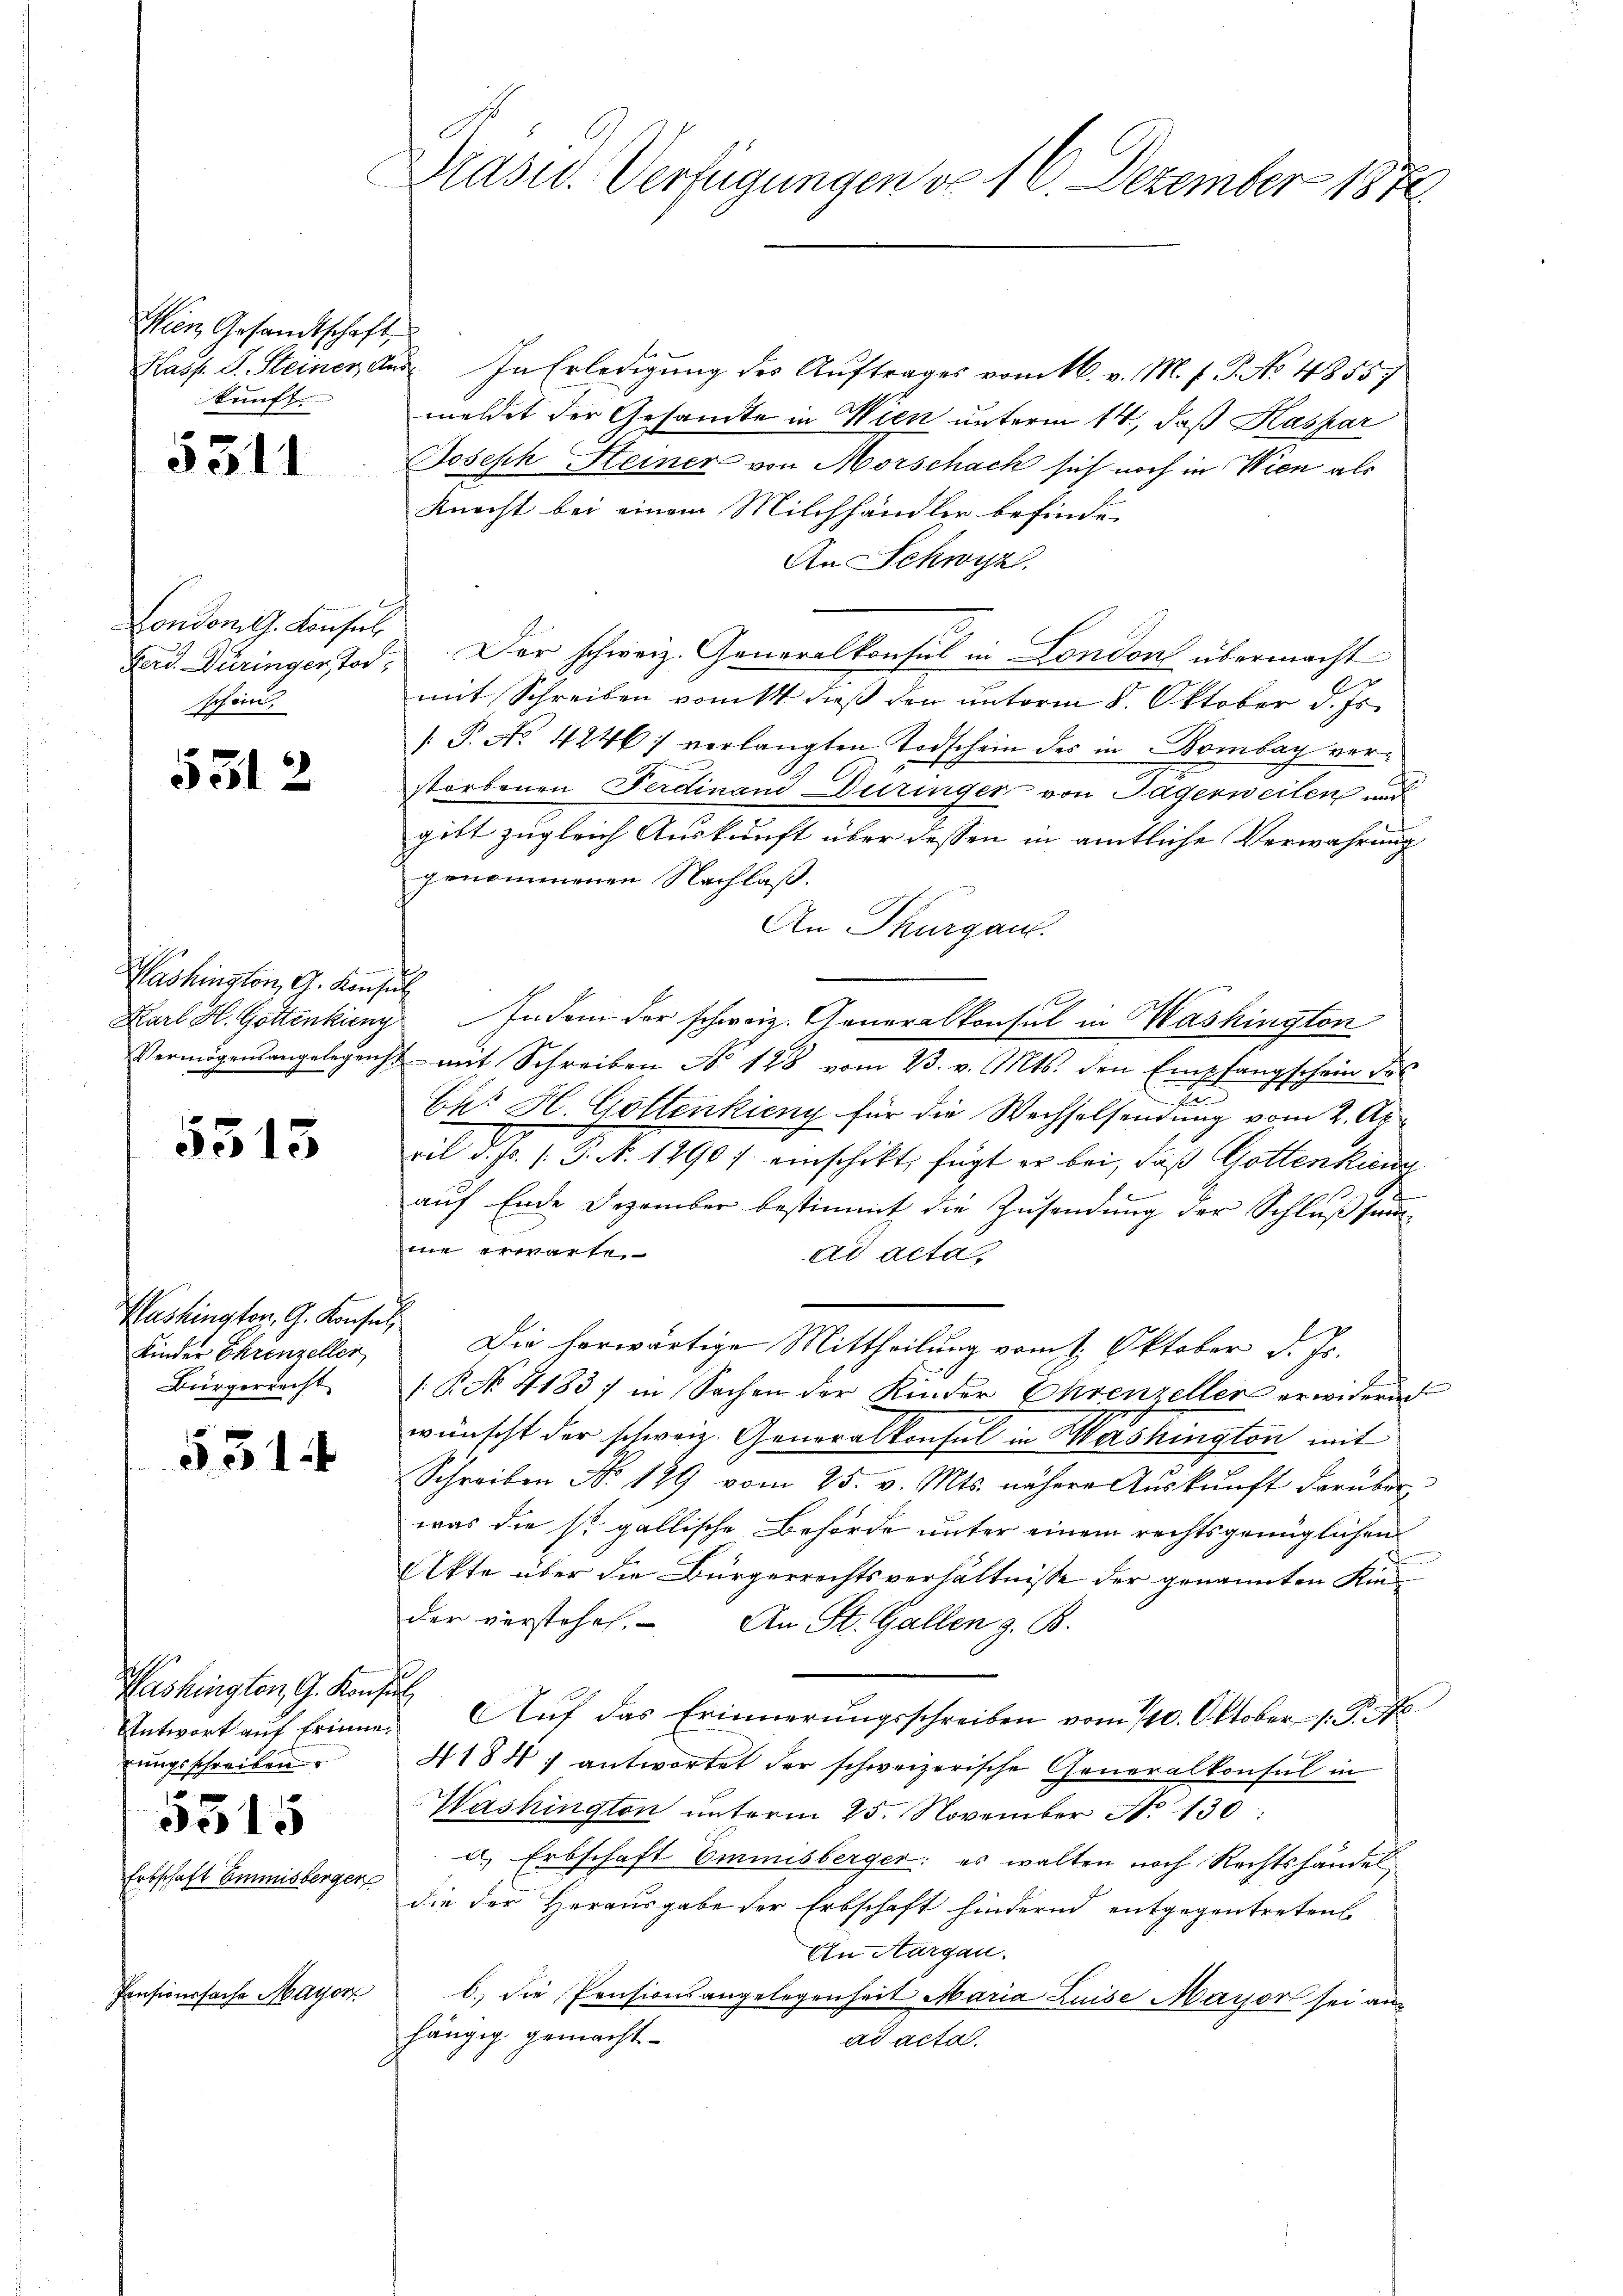
Wien Gesandtschaft
kunft

Entschaf

531

London G. Konsul
Schein

531

g
Washington, G. Konsul

5313

Washington, G. Konsul
Kinder Ehrenzeller,
Bürgerrecht

53.

Washingten, G. Konsul
Antwort auf Erinne
rungsschreiben.

531

E A.

ensionssache Mayr

2

¬

Präsid. Verfügungen von 16. Dezember 1872.

dberge
29

Kasp. L. Steiner aus. In Erledigung des Auftrages vom 16. v. M. f. P. No 4855/
meldet der Gesandte in Wien unterm 14., daß Kaspar
Joseph Steiner von Morschach sich noch in Wien als
Knecht bei einem Milchhändler befinde
An Schwyz.
Lad Düringer Tod. Der schweiz. Generalkonsul in London übermacht
mit Schreiben vom 14. dieß den unterm 8. Oktober d. Js.
[ P. No 4246) verlangten Todschein des in Bombay verstorbenen Ferdinand Düringer von Sagerweiten und
gibt zugleich Auskunft über dessen in amtliche Verwahrung
genommenen Nachlaß.
An Thurgau.
t
Karl H. Göttenkieny Indem der schweiz. Generalkonsul in Washington
Vermögensangelegenst mit Schreiben No 128 vom 23. v. Mts. den Empfangschein des
Chr H. Gottenkieny für die Wechselsendung vom 2. Ap
ril d. Js. s. S. N. 1290 / einschikt, fügt er bei, daß Gottenkin
aŭf Ende Dezember bestimmt die Zusendung der Schluß sammme erwarte
ad acta.
Die herwärtige Mittheilung vom 1. Oktober d. Js.
/. P. No 4183) in Sachen der Kinder Ehrenzeller erwidernd
wünscht der schweiz. Generalkonsul in Washington mit
Schreiben No 179 vom 25. v. Mts. nähere Auskunft darüber
was die s. gallische Behörde unter einem rechtsgenüglichen
Akte über die Bürgerrechtsverhältnisse der genannten Kin
der vorstehen. An St. Gallen z. B.
Auf das Erinnerungsschreiben vom 10. Oktober 1. P. No
41847 antwortet der schweizerische Generalkonsul in
Washington ŭnterm 25. November N. 130:
u Erbschaft Emmisberger: es walten noch Rechtshändel
die der Herausgabe der Erbschaft hindernd entgegentreten.
An Aargau.
b.) die Präsionsangelegenheit Maria Luise Major sei an
hängig gemacht.
ad acta.